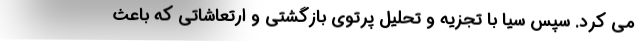
می کرد. سپس سیا با تجزیه و تحلیل پرتوی بازگشتی و ارتعاشاتی که باعث